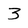
Character: 3